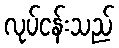
လုပ်ငန်းသည်